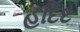
હદિદ